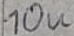
Text: 10µF